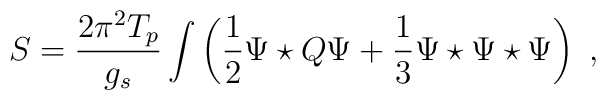
S=\frac{2\pi^2T_p}{g_s}\int \left(\frac{1}{2}\Psi\star Q\Psi +\frac{1}{3}\Psi\star\Psi\star\Psi\right) \ ,